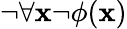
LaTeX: \neg\forall\mathbf{x}\neg\phi(\mathbf{x})